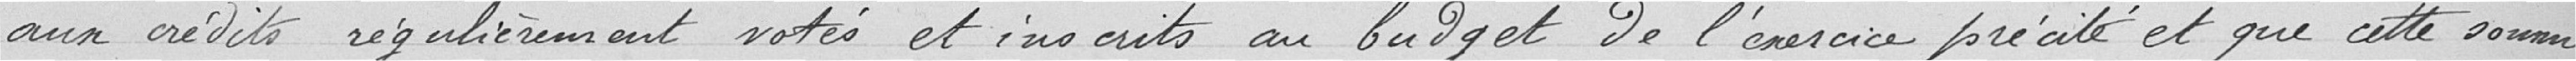
Au crédit régulièrement votée est inscrit au budget de l'exercice précité et que cette somme